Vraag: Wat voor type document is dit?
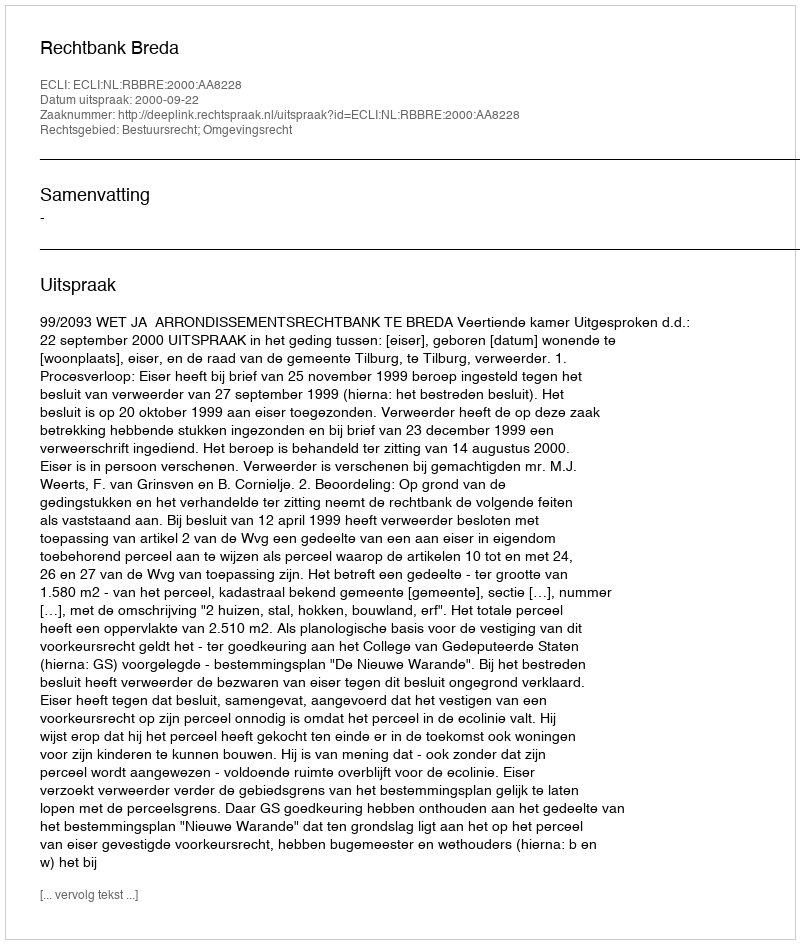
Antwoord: Uitspraak